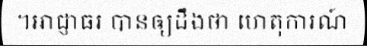
។អាជ្ញាធរ បានឲ្យដឹងថា ហេតុការណ៍